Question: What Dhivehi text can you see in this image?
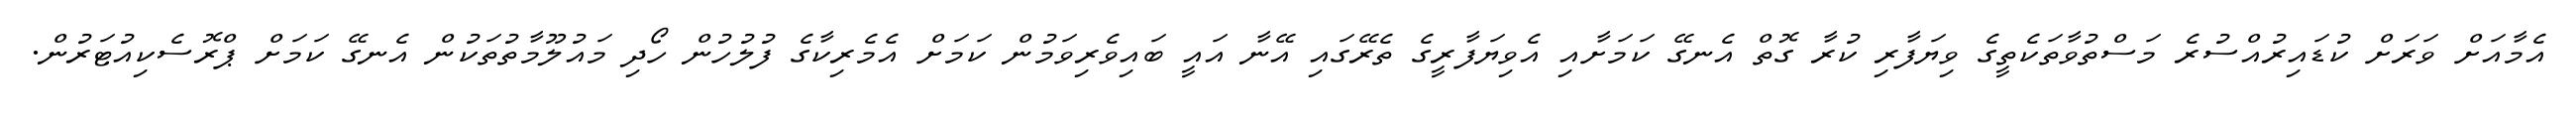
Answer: އެމާއަށް ވަރަށް ކުޑައިރުއްސުރެ މަސްތުވާތަކެތީގެ ވިޔަފާރި ކުރާ ގޮތް އެނގޭ ކަމަށާއި އެވިޔަފާރީގެ ތެރޭގައި އޭނާ އައީ ބައިވެރިވަމުން ކަމަށް އެމެރިކާގެ ފުލުހުން ހޯދި މައުލޫމާތުތަކުން އެނގޭ ކަމަށް ޕްރޮސެކިއުޓަރުން.